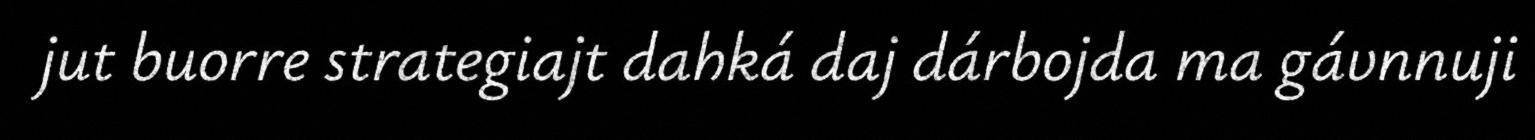
jut buorre strategiajt dahká daj dárbojda ma gávnnuji